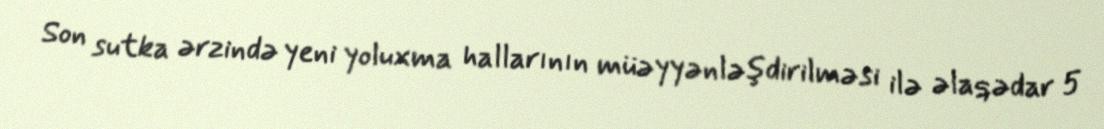
Son sutka ərzində yeni yoluxma hallarının müəyyənləşdirilməsi ilə əlaqədar 5